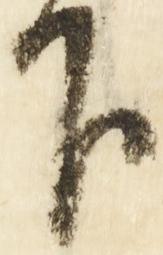
下